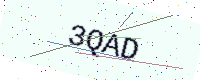
Text: 3QAD